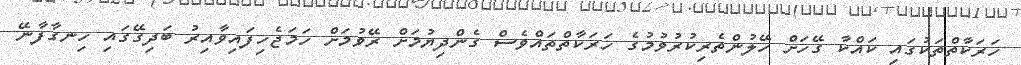
ހަރަކާތްތަކުގައި ކައްކާ ގޭހަށް ހޭލުންތެރިކުރުވުމުގެ ހަރަކާތްތައްވެސް ގެންދިޔުމަށް ރޭވުމަށް ހަމަޖެހިފައިވާއިރު ބަދިގޭގައި ހިނގާފާނޭ